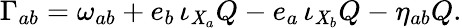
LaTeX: \Gamma_{ab}=\omega_{ab}+e_{b}\, \iota_{\mathit{X}_{a}}Q-e_{a}\, \iota_{\mathit{X}_{b}}Q-\eta_{ab}Q.